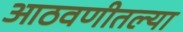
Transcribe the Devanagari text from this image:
आठवणीतल्या